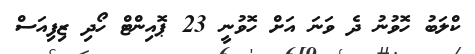
ކްލަބު ހޮވުނު ދެ ވަނަ އަށް ހޮވުނީ 23 ޕޮއިންޓް ހޯދި ޒިފިއަސް